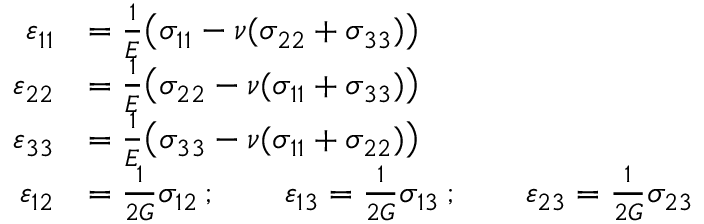
{ \begin{array} { r l } { \varepsilon _ { 1 1 } } & { = { \frac { 1 } { E } } { \big ( } \sigma _ { 1 1 } - \nu ( \sigma _ { 2 2 } + \sigma _ { 3 3 } ) { \big ) } } \\ { \varepsilon _ { 2 2 } } & { = { \frac { 1 } { E } } { \big ( } \sigma _ { 2 2 } - \nu ( \sigma _ { 1 1 } + \sigma _ { 3 3 } ) { \big ) } } \\ { \varepsilon _ { 3 3 } } & { = { \frac { 1 } { E } } { \big ( } \sigma _ { 3 3 } - \nu ( \sigma _ { 1 1 } + \sigma _ { 2 2 } ) { \big ) } } \\ { \varepsilon _ { 1 2 } } & { = { \frac { 1 } { 2 G } } \sigma _ { 1 2 } \, ; \qquad \varepsilon _ { 1 3 } = { \frac { 1 } { 2 G } } \sigma _ { 1 3 } \, ; \qquad \varepsilon _ { 2 3 } = { \frac { 1 } { 2 G } } \sigma _ { 2 3 } } \end{array} }